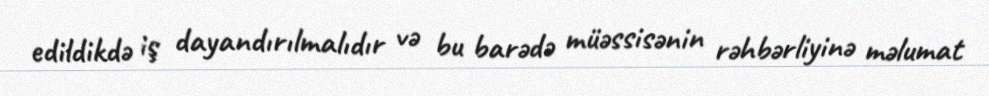
edildikdə iş dayandırılmalıdır və bu barədə müəssisənin rəhbərliyinə məlumat